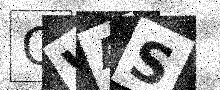
Text: OWAS